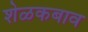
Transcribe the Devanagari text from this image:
शेळकबाव